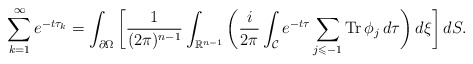
\begin{align*} \sum_{k=1}^{\infty} e^{-t\tau_k} = \int_{\partial \Omega} \bigg[ \frac{1}{(2\pi)^{n-1}} \int_{\mathbb{R}^{n-1}} \bigg( \frac{i}{2\pi}\int_{\mathcal{C}} e^{-t\tau} \sum_{j \leqslant -1} \operatorname{Tr} \phi_{j} \,d\tau \bigg) \,d\xi \bigg] \,dS.\end{align*}